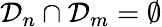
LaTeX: \mathcal{D}_{n}\cap\mathcal{D}_{m}=\emptyset